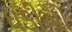
ઘડીઓ